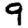
Digit: 9